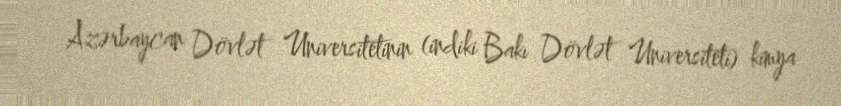
Azərbaycan Dövlət Universitetinin (indiki Bakı Dövlət Universiteti) kimya